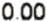
0.00